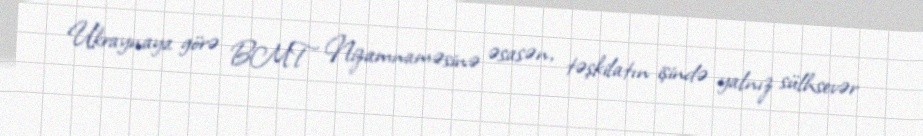
Ukraynaya görə BMT Nizamnaməsinə əsasən, təşkilatın işində yalnız sülhsevər